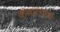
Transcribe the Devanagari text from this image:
कणात्मक